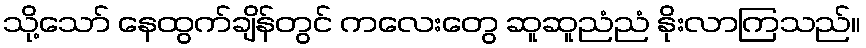
သို့သော် နေထွက်ချိန်တွင် ကလေးတွေ ဆူဆူညံညံ နိုးလာကြသည်။